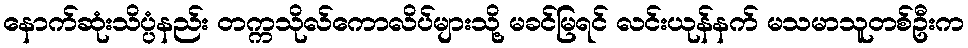
နောက်ဆုံးသိပ္ပံနည်း တက္ကသိုလ်ကောလိပ်များသို့ မခင်မြရင် လင်းယုန်နက် မသမာသူတစ်ဦးက